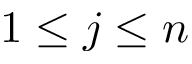
1 \le j \le n